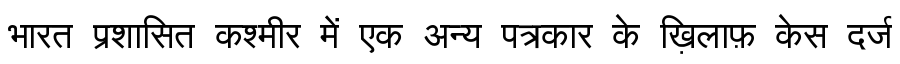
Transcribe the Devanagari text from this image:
भारत प्रशासित कश्मीर में एक अन्य पत्रकार के ख़िलाफ़ केस दर्ज